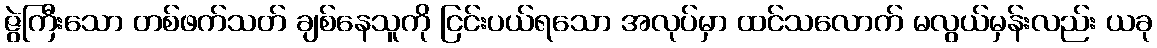
ဇွဲကြီးသော တစ်ဖက်သတ် ချစ်နေသူကို ငြင်းပယ်ရသော အလုပ်မှာ ထင်သလောက် မလွယ်မှန်းလည်း ယခု